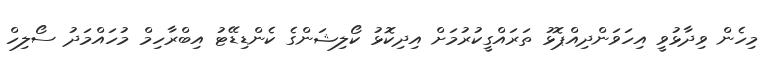
މިހެން ވިދާޅުވީ އިހަވަންދިއްޕޮޅު ތަރައްގީކުރުމަށް އިދިކޮޅު ކޯލިޝަންގެ ކެންޑިޑޭޓު އިބްރާހިމް މުހައްމަދު ސޯލިހް